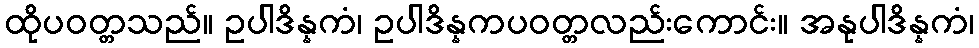
ထိုပဝတ္တသည်။ ဥပါဒိန္နကံ၊ ဥပါဒိန္နကပဝတ္တလည်းကောင်း။ အနုပါဒိန္နကံ၊